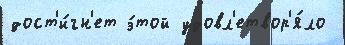
дост'и́гн'ет э́той удовл'етвор'я́ло